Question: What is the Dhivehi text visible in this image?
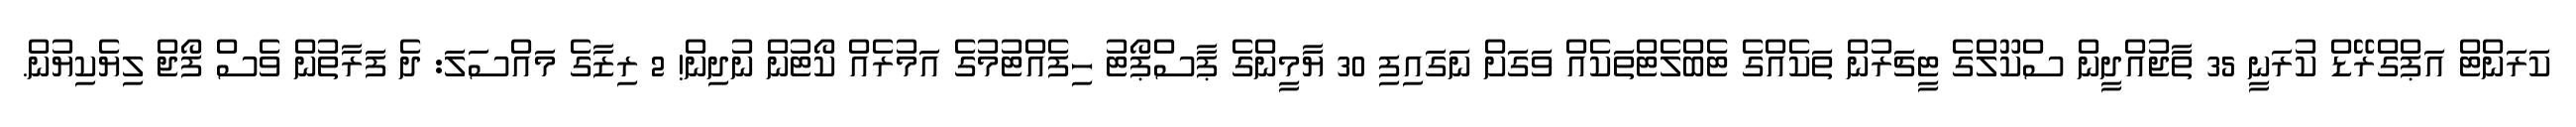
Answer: ކަރަންޓް އަޕްގްރޭޑް ކުރަނީ 35 ތާޖުއްދީން ސްކޫލްގެ ޓީޗަރުން ތަކެއްގެ ޓެބްލެޓްތަކެއް ވަގަށް ނަގައިފި 30 ޔާމީންގެ ޕާސްޕޯޓު ހިފެއްޓުމުގެ އަމުރެއް ކޯޓުން ނުދިން! 2 ރިޒާގެ މައްސަލަ: ދެ ފަރާތުން ވެސް ފޯޖް ލިޔެކިޔުން.